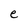
Character: e